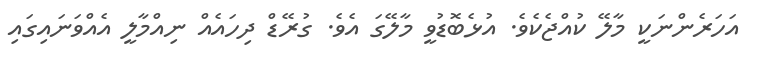
އަހަރެންނަކީ މާލޭ ކުއްޖެކެވެ. އުޅެބޮޑުވީ މާލޭގަ އެވެ. ގުރޭޑް ދިހައެއް ނިއްމާލީ އެއްވަނައިގައި